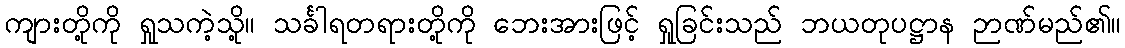
ကျားတို့ကို ရှုသကဲ့သို့။ သင်္ခါရတရားတို့ကို ဘေးအားဖြင့် ရှုခြင်းသည် ဘယတုပဋ္ဌာန ဉာဏ်မည်၏။